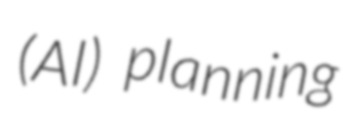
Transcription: (AI) planning